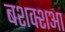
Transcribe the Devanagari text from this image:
बशक्शआ